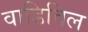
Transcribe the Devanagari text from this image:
वाडिविल